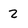
Character: 2